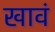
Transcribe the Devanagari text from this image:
खावं